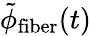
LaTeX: \tilde{\phi}_{\mathrm{fiber}}(t)